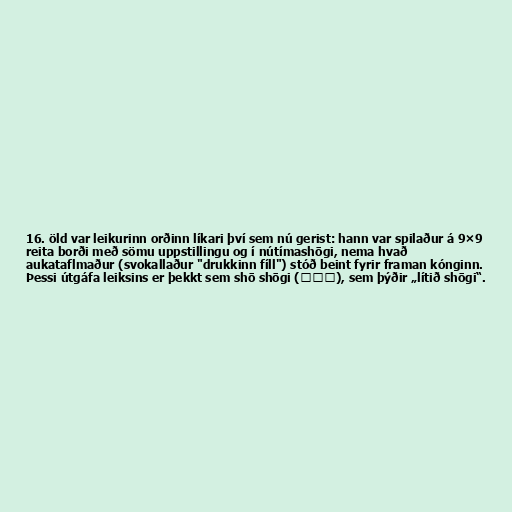
16. öld var leikurinn orðinn líkari því sem nú gerist: hann var spilaður á 9×9
reita borði með sömu uppstillingu og í nútímashōgi, nema hvað
aukataflmaður (svokallaður "drukkinn fíll") stóð beint fyrir framan kónginn.
Þessi útgáfa leiksins er þekkt sem shō shōgi (小将棋), sem þýðir „lítið shōgi“.